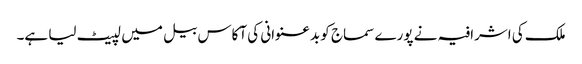
ملک کی اشرافیہ نے پورے سماج کو بدعنوانی کی آکاس بیل میں لپیٹ لیا ہے۔